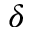
\delta